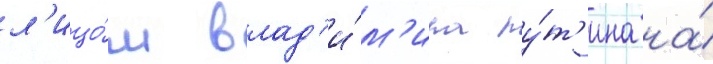
л'ицо́м влад'и́м'ира пу́т'ина на́